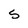
Character: S